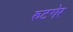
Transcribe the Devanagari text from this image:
रुटगेर